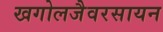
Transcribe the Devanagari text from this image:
खगोलजैवरसायन